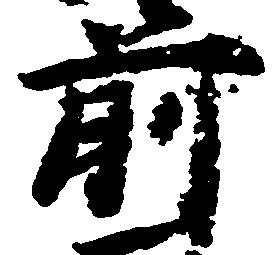
前